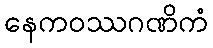
နေကဝဿဂဏိကံ